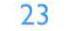
23